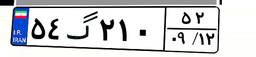
۵۴گ۲۱۰۵۲